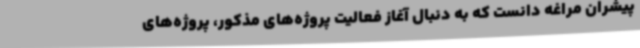
پیشران مراغه دانست که به دنبال آغاز فعالیت پروژه‌های مذکور، پروژه‌های